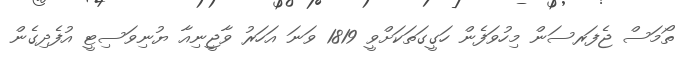
ތޯމަސް ޖެފަރސަން މިހުވަފެން ހަގީގަތަކަށްވީ 1819 ވަނަ އަހަރު ވާޖީނިއާ ޔުނިވަސިޓީ އުފެދިގެން